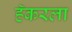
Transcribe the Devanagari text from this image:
हॅकरला